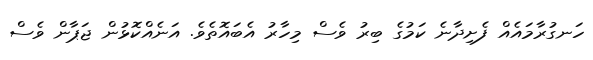
ހަނގުރާމައެއް ފެށިދާނެ ކަމުގެ ބިރު ވެސް މިހާރު އެބައޮތެވެ. އަނެއްކޮޅުން ޖަޕާން ވެސް